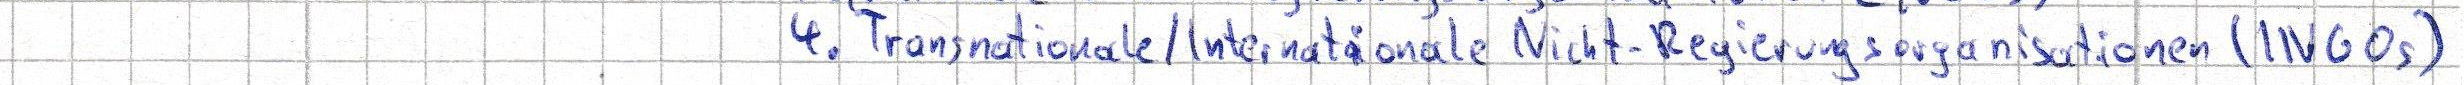
4. Transnationale / Internationale Nicht-Regierungsorganisationen (INGOs)